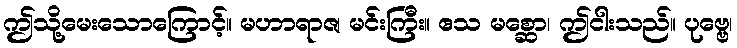
ဤသို့မေးသောကြောင့်။ မဟာရာဇ၊ မင်းကြီး။ ဧသ မစ္ဆော၊ ဤငါးသည်။ ပုဗ္ဗေ၊